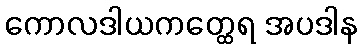
ကောလဒါယကတ္ထေရ အပဒါန